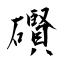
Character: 礥